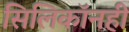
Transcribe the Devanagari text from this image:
सिलिकॉनही